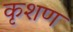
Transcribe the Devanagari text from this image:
कृशण